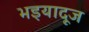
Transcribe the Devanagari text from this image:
भइयादूज